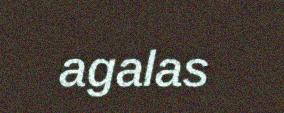
agalas